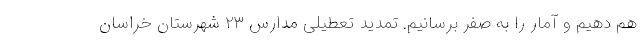
هم دهیم و آمار را به صفر برسانیم. تمدید تعطیلی مدارس ۲۳ شهرستان خراسان